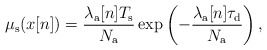
\begin{align*}\mu_{\rm s}(x[n])= \frac{\lambda_\mathrm{a}[n]T_{\rm s}}{N_{\rm a}} \exp\left(-\frac{\lambda_\mathrm{a}[n]\tau_{\rm d}}{N_{\rm a}}\right), \end{align*}